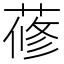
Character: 蓚